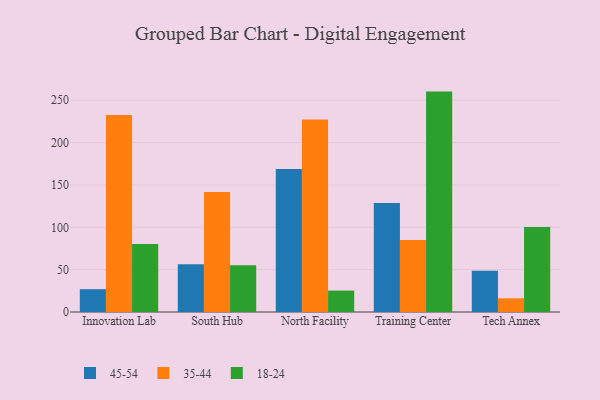
{"axis": {"x": "Campus", "y": "Market Share (%)"}, "legend": ["18-24", "35-44", "45-54"], "data": [{"x": "Innovation Lab", "y": 26.9, "type": "45-54"}, {"x": "Innovation Lab", "y": 232.6, "type": "35-44"}, {"x": "Innovation Lab", "y": 80.3, "type": "18-24"}, {"x": "South Hub", "y": 56.3, "type": "45-54"}, {"x": "South Hub", "y": 141.8, "type": "35-44"}, {"x": "South Hub", "y": 55.3, "type": "18-24"}, {"x": "North Facility", "y": 168.8, "type": "45-54"}, {"x": "North Facility", "y": 227.3, "type": "35-44"}, {"x": "North Facility", "y": 25.3, "type": "18-24"}, {"x": "Training Center", "y": 128.6, "type": "45-54"}, {"x": "Training Center", "y": 85.0, "type": "35-44"}, {"x": "Training Center", "y": 260.2, "type": "18-24"}, {"x": "Tech Annex", "y": 48.7, "type": "45-54"}, {"x": "Tech Annex", "y": 16.2, "type": "35-44"}, {"x": "Tech Annex", "y": 100.3, "type": "18-24"}]}